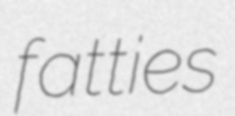
fatties